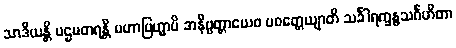
သာဒိယန္တိ ပဌမတရန္တိ မဟာဗြဟ္မာပိ အနိဗ္ဗတ္တာယေဝ ပဝတ္တေယျာတိ သင်္ခါရက္ခန္ဓသင်္ဂဟိတာ